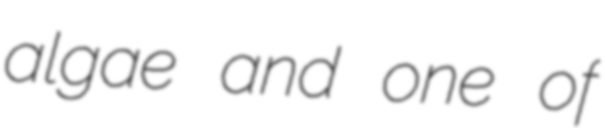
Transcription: algae and one of